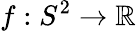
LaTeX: f:S^{2}\to\mathbb{R}